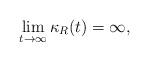
LaTeX: \begin{align*}\lim_{t\to\infty}\kappa_{R}(t)=\infty,\end{align*}